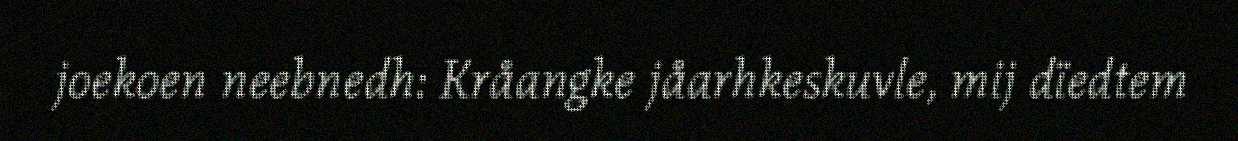
joekoen neebnedh: Kråangke jåarhkeskuvle, mij dïedtem